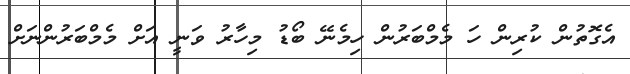
އެގޮތުން ކުރިން ހަ މެމްބަރުން ހިމެނޭ ބޯޑު މިހާރު ވަނީ އަށް މެމްބަރުންނަށް